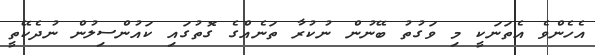
އެހެންވެ އެތަނަކީ މި ވަގުތު ބޭނުން ނުކުރާ ތަނެއްގެ ގޮތުގައި ކައުންސިލުން ނުދެކޭތީ